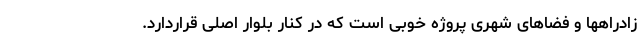
زادراهها و فضاهای شهری پروژه خوبی است که در کنار بلوار اصلی قراردارد.